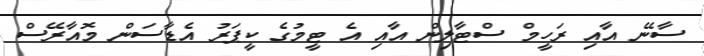
ސާނޭ އާއި ރަހީމް ސްޓާލިން އާއި އެ ޓީމުގެ ކީޕަރު އެޑާސަން މޮއާރޭސް